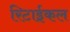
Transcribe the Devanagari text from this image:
रिटाईकल